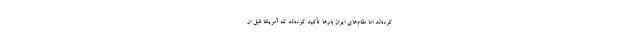
کرده‌اند اما مقام‌های ایران بارها تأکید کرده‌اند که آمریکا قبل از